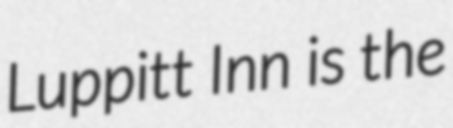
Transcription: Luppitt Inn is the